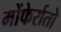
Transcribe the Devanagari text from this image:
मोंफेर्रातो